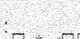
: